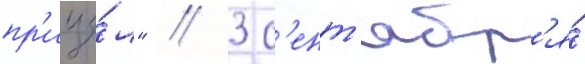
пр'ице́л" // 3 с'ент'ябр'я́